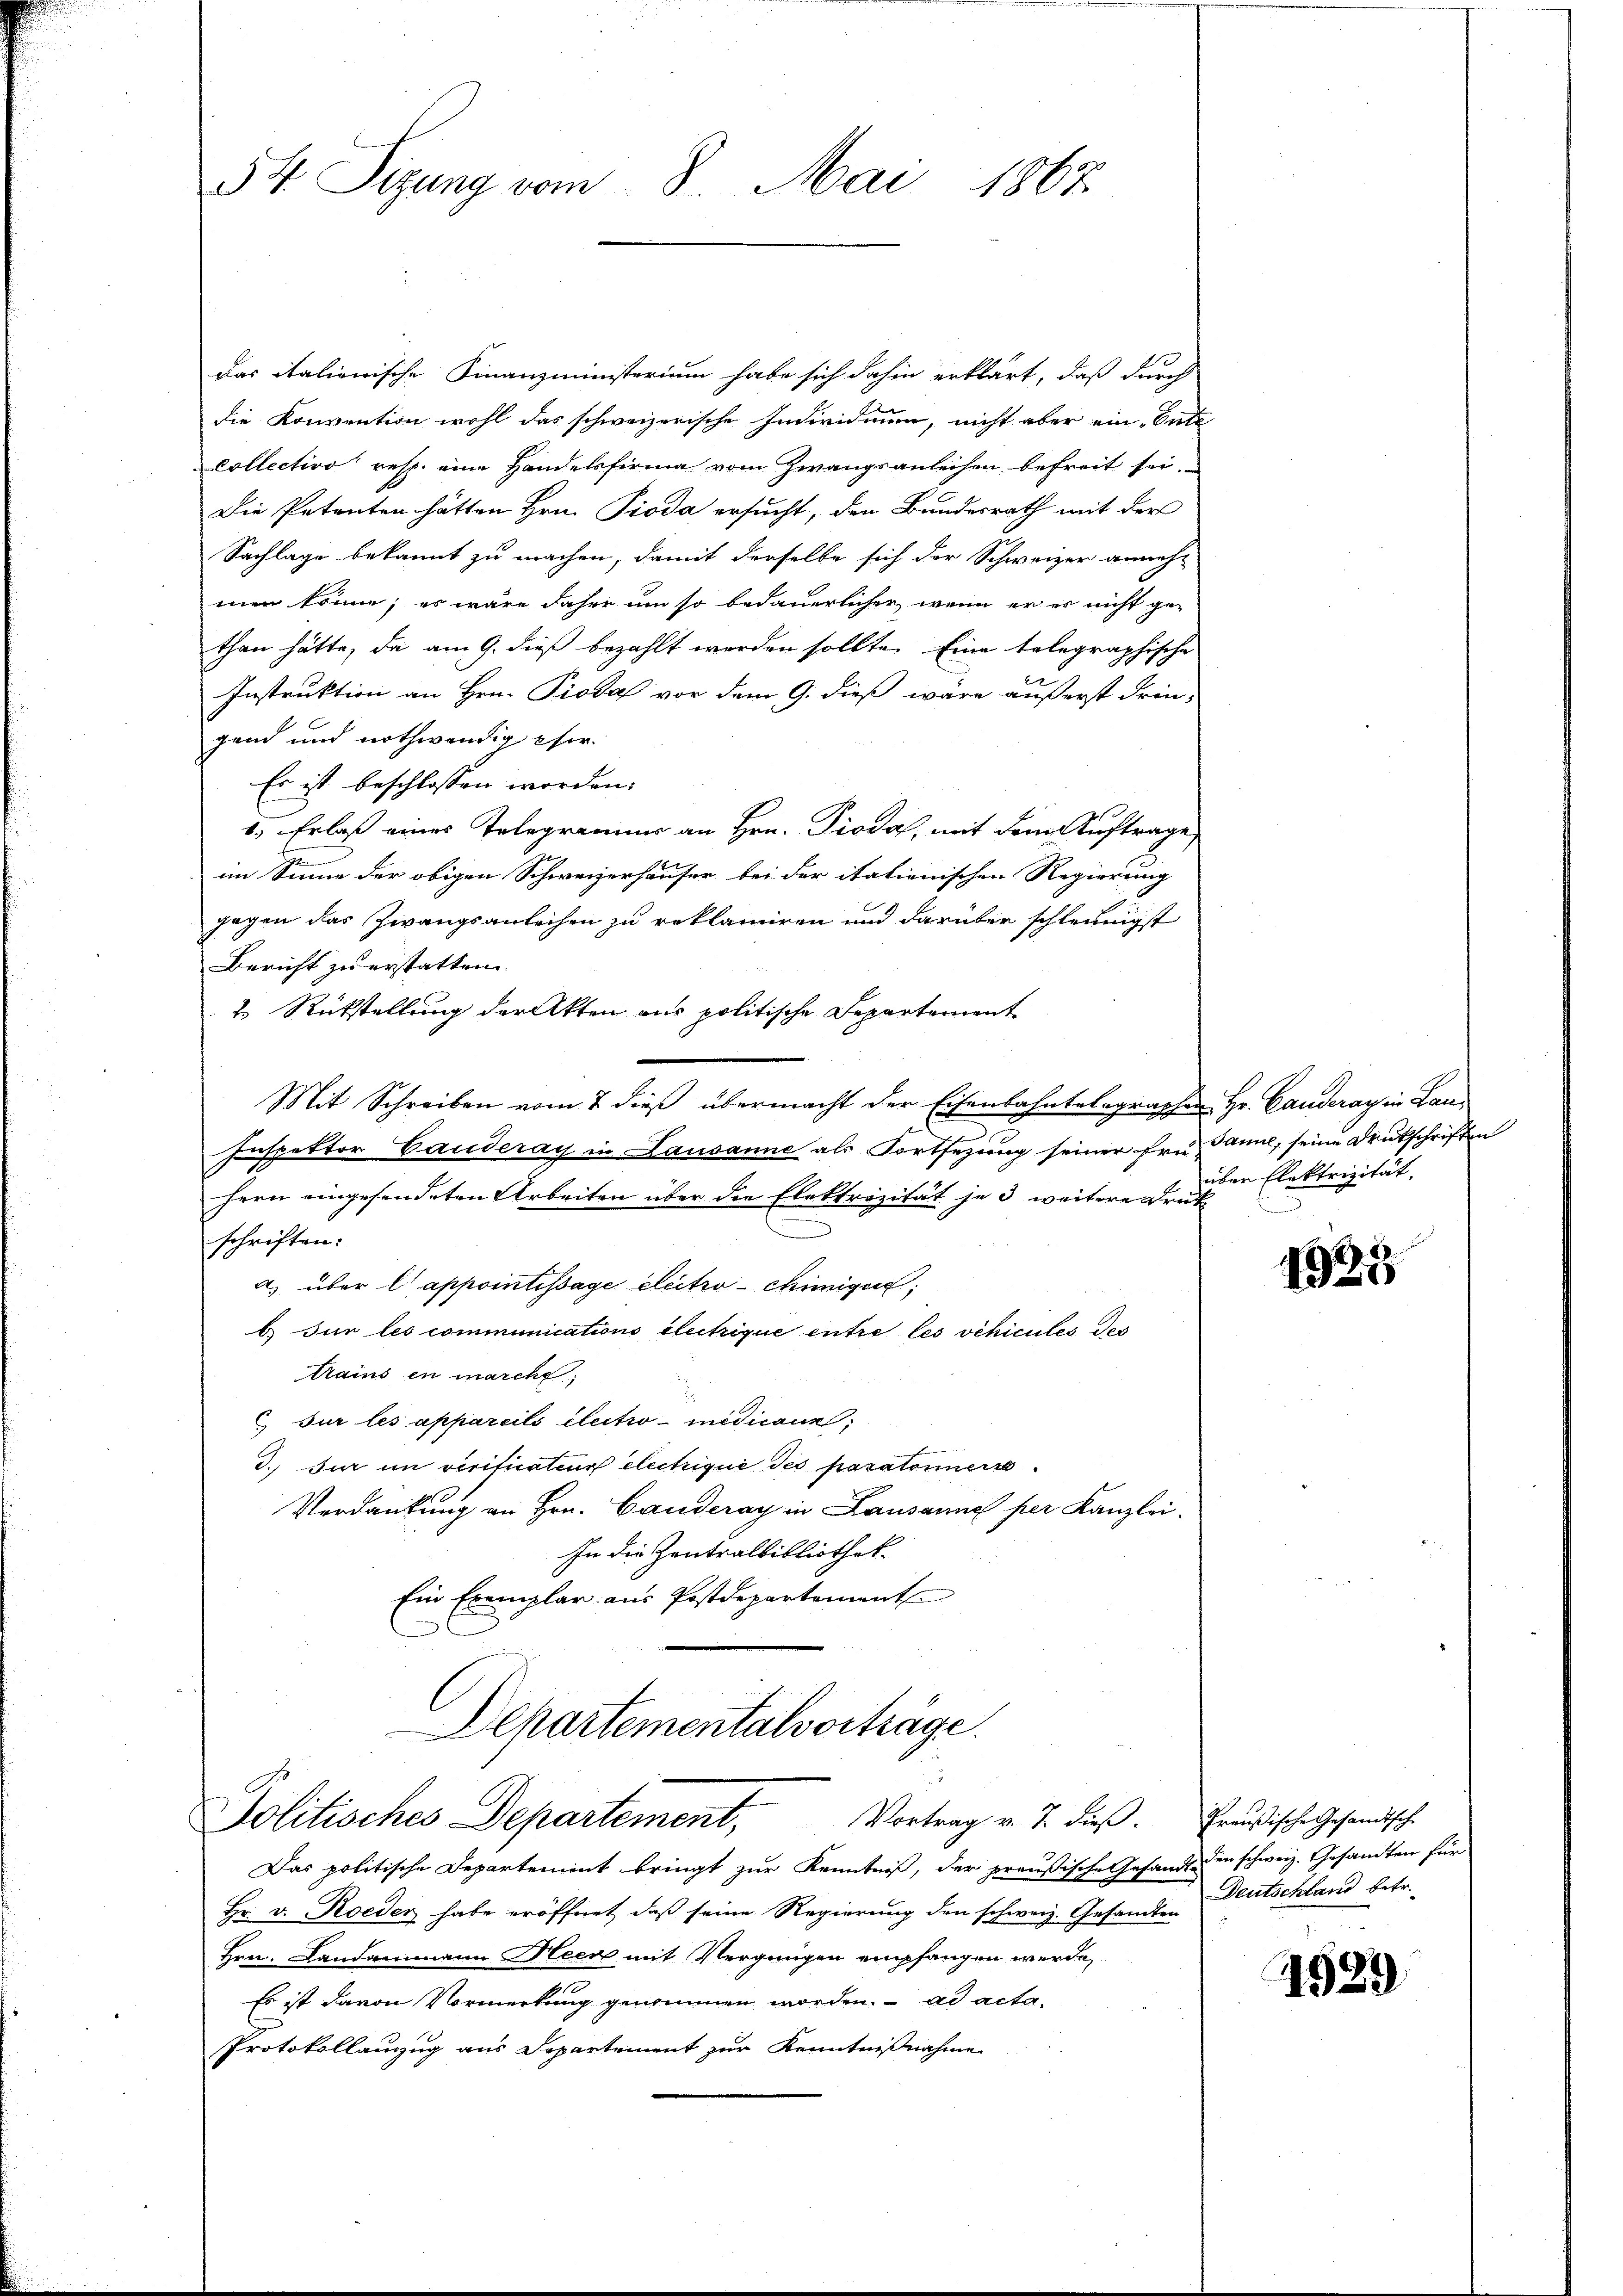
54. Sizung vom 8. Mai 1867

Das italienische Finanzministerium habe sich dahin erklärt, daß durch
die Konvention wohl das schweizerische Individuum, nicht aber ein Ente
Collection resp. eine Handelsfirma vom Zwangsanleihen befreit sei.
Die Petenten hätten Hrn. Pioda ersucht, den Bundesrath mit der
Sachlage bekannt zu machen, damit derselbe sich der Schweizer anneh-
men könne; es wäre daher um so bedauerlicher, wenn er es nicht gethan hätte, da am 9. dieß bezahlt werden sollte. Eine telegraphische
Instruktion an Hrn. Pioda vor dem 9. dieß wäre äußerst drin-
gend und nothwendig eher
Es ist beschlossen worden.
1.) Erlaß eines Telegramms an Hrn. Pioda, mit dem Auftrage,
im Sinne der obigen Schweizerhäuser bei der itationischen Regierung
gegen das Zwangsanleihen zu reklamiren und darüber schleunigst
Bericht zu erstatten.
2 Rückstellung der Akten aus politische Departement
Mit Schreiben vom 7. dieß übermacht der Eisenbahntelegraphen Hr. Canderay in Lan-
Inspektor Gauderay in Lausanne als Fortsezung seiner früh dann, seine Druckschriften
hern eingesendeten Arbeiten über die Elektrizität je 3 weitere Druk
schriften.
a) über l’appointestage electro-chiniger,
b.) Für les communications electrique entre les vehicules der
trains in marche
 sur les appareils electio mitmann,
3.) Für im verificateur électrigue des paratoriner
Verdankung an Hrn. Canderay in Lausanne per Kanzlei-
In die Zentralbibliothek
Ein Exemplar aus Postdepartement
Departementalvorträge
Politisches Departement, Vortrag v. J. dieß. Preußische Gesandische
Das politische Departement bringt zur Kenntniß, der preußische Gesandt in schweiz. Gesamten für
Hr. v. Roeder habe eröffnet, daß seine Regierung den schweiz. Gesandten Deutschland betr.
Hrn. Landammann Heer mit Vergnügen empfangen werde
Es ist davon Vormerkung genommen worden. ad acta¬
Protokollauzug aus Departement zur Kenntnißnahme

über Elektrizität.

1923

1529